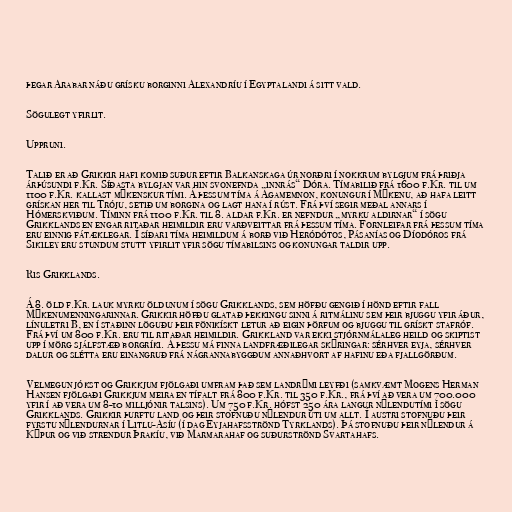
þegar Arabar náðu grísku borginni Alexandríu í Egyptalandi á sitt vald.

Sögulegt yfirlit.

Uppruni.

Talið er að Grikkir hafi komið suður eftir Balkanskaga úr norðri í nokkrum bylgjum frá þriðja
árþúsundi f.Kr. Síðasta bylgjan var hin svonefnda „innrás“ Dóra. Tímabilið frá 1600 f.Kr. til um
1100 f.Kr. kallast mýkenskur tími. Á þessum tíma á Agamemnon, konungur í Mýkenu, að hafa leitt
grískan her til Tróju, setið um borgina og lagt hana í rúst. Frá því segir meðal annars í
Hómerskviðum. Tíminn frá 1100 f.Kr. til 8. aldar f.Kr. er nefndur „myrku aldirnar“ í sögu
Grikklands en engar ritaðar heimildir eru varðveittar frá þessum tíma. Fornleifar frá þessum tíma
eru einnig fátæklegar. Í síðari tíma heimildum á borð við Heródótos, Pásanías og Díodóros frá
Sikiley eru stundum stutt yfirlit yfir sögu tímabilsins og konungar taldir upp.

Ris Grikklands.

Á 8. öld f.Kr. lauk myrku öldunum í sögu Grikklands, sem höfðu gengið í hönd eftir fall
Mýkenumenningarinnar. Grikkir höfðu glatað þekkingu sinni á ritmálinu sem þeir bjuggu yfir áður,
línuletri B, en í staðinn löguðu þeir fönikískt letur að eigin þörfum og bjuggu til grískt stafróf.
Frá því um 800 f.Kr. eru til ritaðar heimildir. Grikkland var ekki stjórnmálaleg heild og skiptist
upp í mörg sjálfstæð borgríki. Á þessu má finna landfræðilegar skýringar: sérhver eyja, sérhver
dalur og slétta eru einangruð frá nágrannabyggðum annaðhvort af hafinu eða fjallgörðum.

Velmegun jókst og Grikkjum fjölgaði umfram það sem landrými leyfði (samkvæmt Mogens Herman
Hansen fjölgaði Grikkjum meira en tífalt frá 800 f.Kr. til 350 f.Kr., frá því að vera um 700.000
yfir í að vera um 8-10 milljónir talsins). Um 750 f.Kr. hófst 250 ára langur nýlendutími í sögu
Grikklands. Grikkir þurftu land og þeir stofnuðu nýlendur úti um allt. Í austri stofnuðu þeir
fyrstu nýlendurnar í Litlu-Asíu (í dag Eyjahafsströnd Tyrklands). Þá stofnuðu þeir nýlendur á
Kýpur og við strendur Þrakíu, við Marmarahaf og suðurströnd Svartahafs.